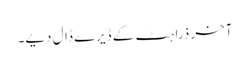
آخر ذرا ہٹ کے ڈیرے ڈال دیے۔